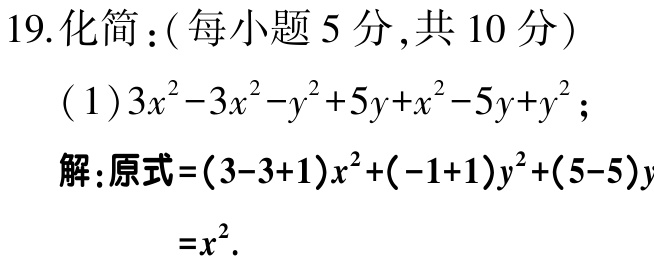
19.化简：(每小题5分,共10分)
(1)$3x^{2}-3x^{2}-y^{2}+5y + x^{2}-5y + y^{2}$；
解:原式$=(3 - 3 + 1)x^{2}+(-1 + 1)y^{2}+(5 - 5)y$
$=x^{2}$.